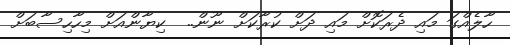
ހާލެއްގަ މައި ދެރަކޮށް މައި ދަށް ކުރާކަށް ނޫން..  ކިޔާންއަށް މިހާހިސާބަށް